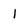
Character: l